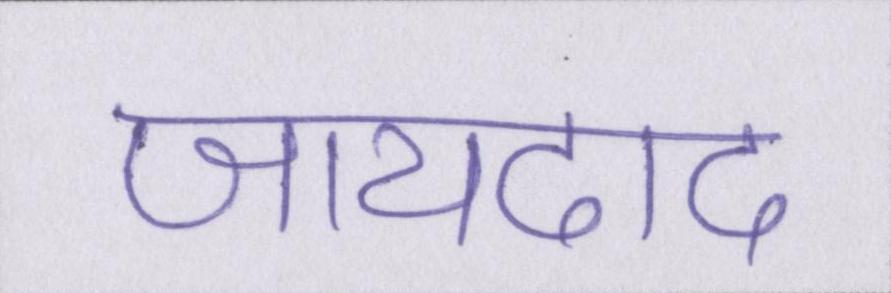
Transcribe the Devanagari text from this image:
जायदाद